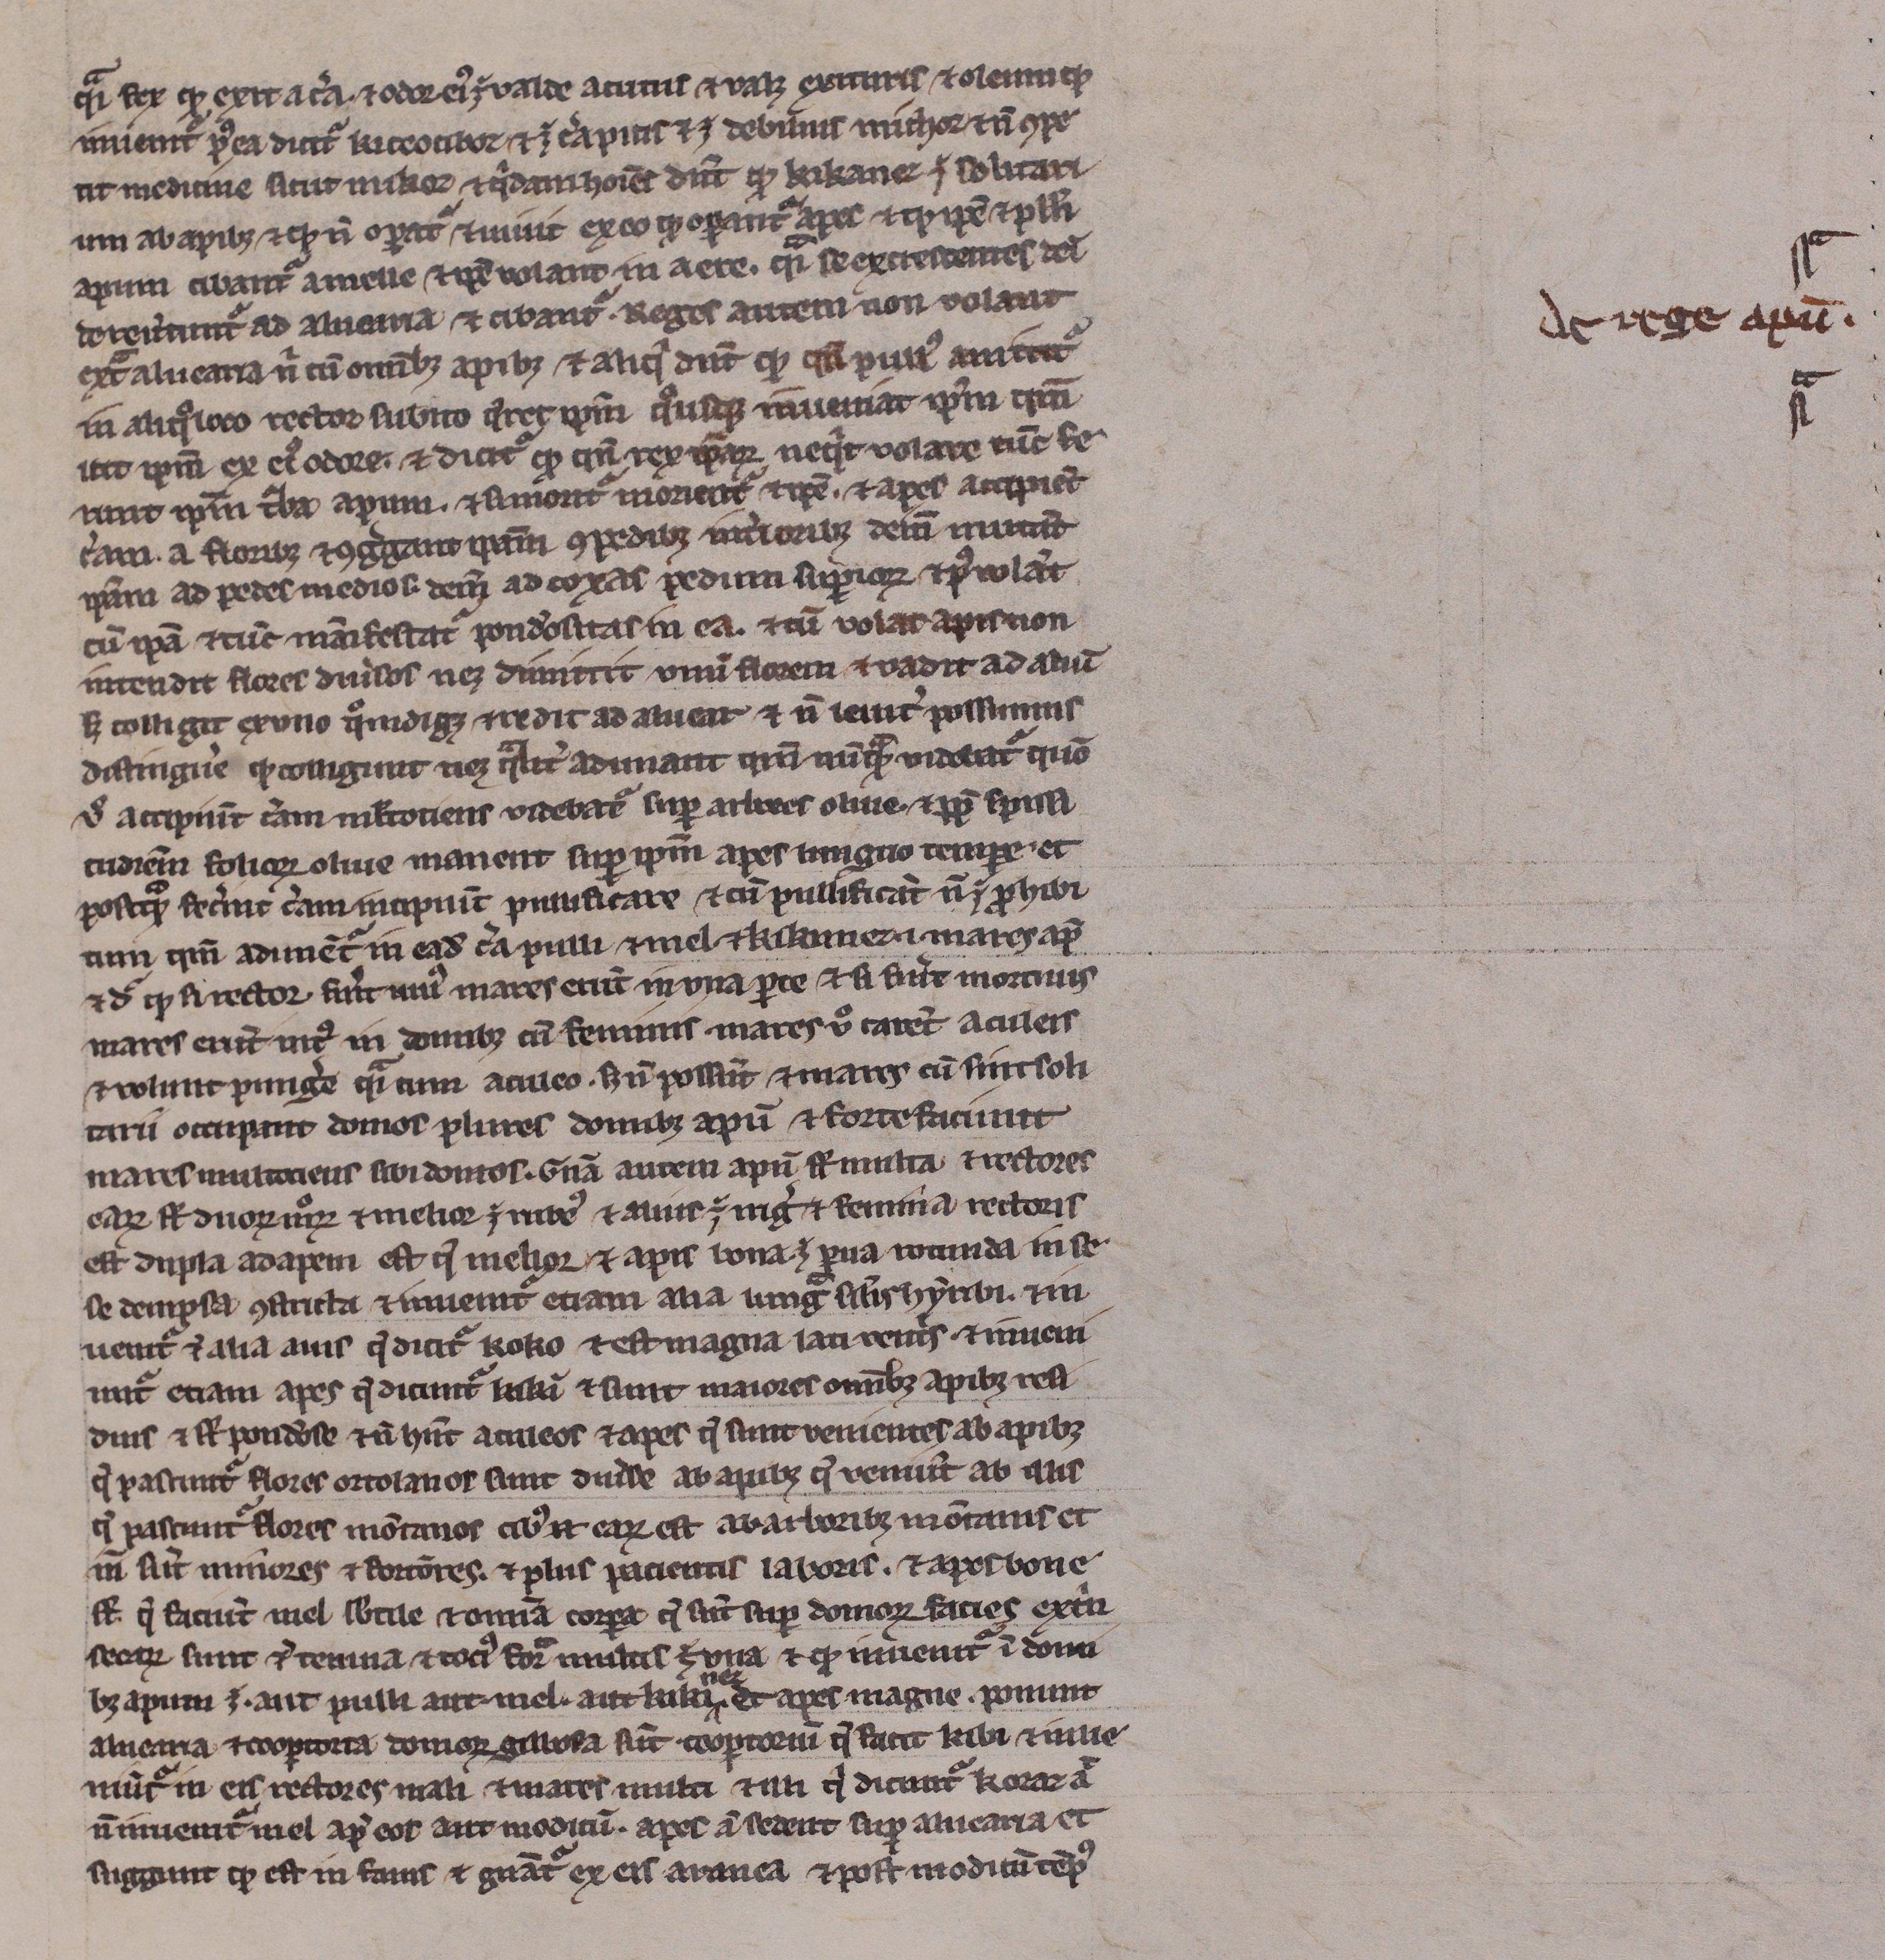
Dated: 1200–1299